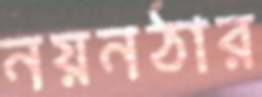
নয়নঠার